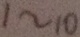
1 \sim 1 0